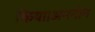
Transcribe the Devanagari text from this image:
किया।अननोन